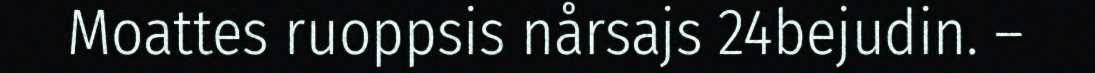
Moattes ruoppsis nårsajs 24bejudin. –